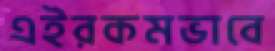
এইরকমভাবে